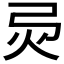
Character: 𢏅